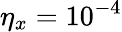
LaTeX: \eta_{x}=10^{-4}